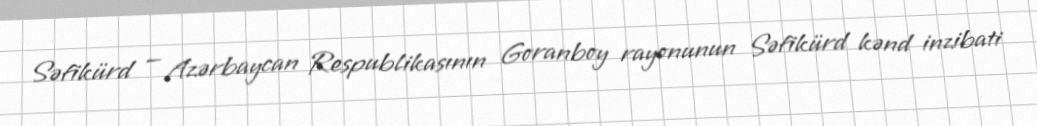
Səfikürd — Azərbaycan Respublikasının Goranboy rayonunun Səfikürd kənd inzibati